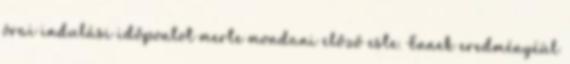
órai indulási időpontot merte mondani előző este. Ennek eredményéül